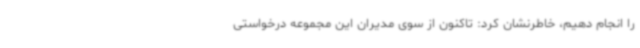
را انجام دهیم، خاطرنشان کرد: تاکنون از سوی مدیران این مجموعه درخواستی